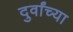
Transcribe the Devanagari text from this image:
दुर्वांच्या